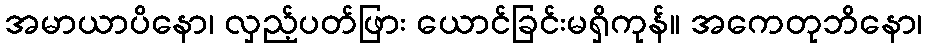
အမာယာပိနော၊ လှည့်ပတ်ဖြား ယောင်ခြင်းမရှိကုန်။ အကေတုဘိနော၊